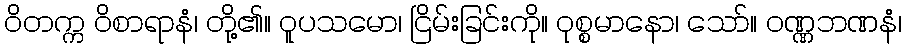
ဝိတက္က ဝိစာရာနံ၊ တို့၏။ ဝူပသမော၊ ငြိမ်းခြင်းကို။ ဝုစ္စမာနော၊ သော်။ ဝဏ္ဏဘဏနံ၊